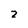
Character: 2